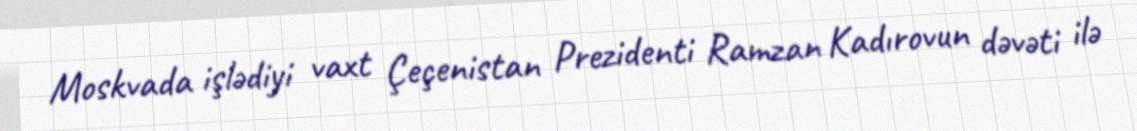
Moskvada işlədiyi vaxt Çeçenistan Prezidenti Ramzan Kadırovun dəvəti ilə